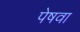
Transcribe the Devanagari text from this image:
पेषवा